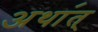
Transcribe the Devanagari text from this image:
अथा॔त्